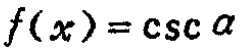
\(f(x)=\csc\alpha\)